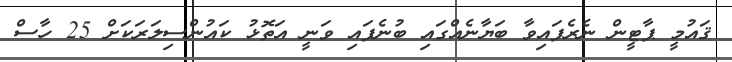
ޤައުމީ ޕާޓީން ނެރެފައިވާ ބަޔާނެއްގައި ބުނެފައި ވަނީ އަތޮޅު ކައުންސިލަރަކަށް 25 ހާސް